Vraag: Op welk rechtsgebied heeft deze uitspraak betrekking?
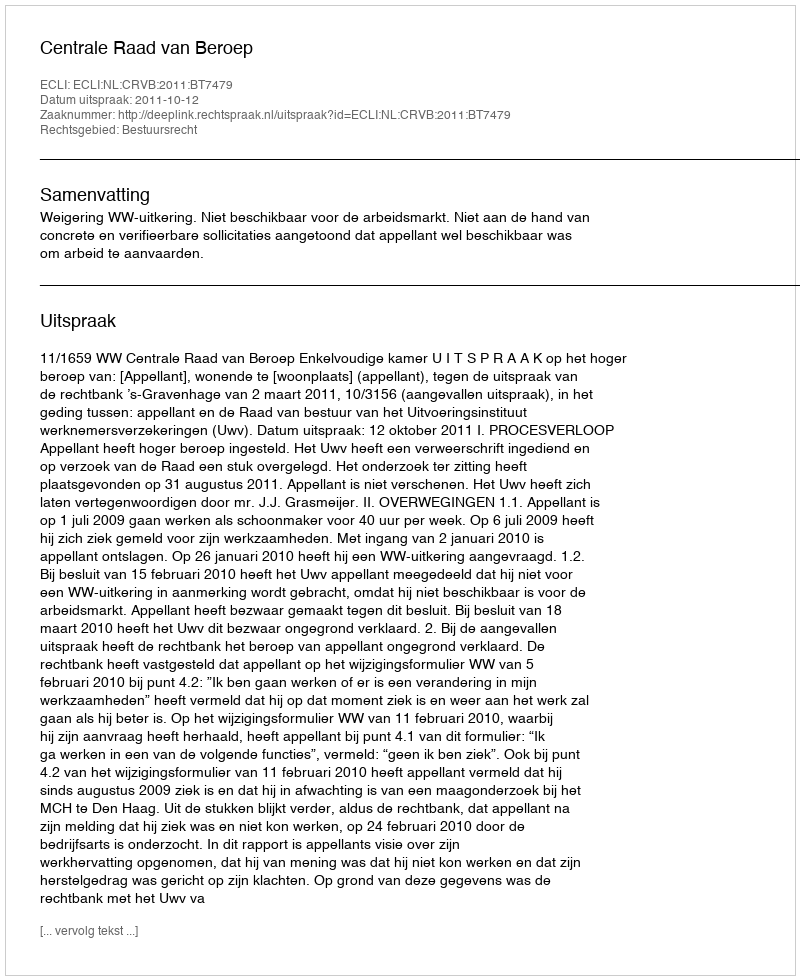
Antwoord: Bestuursrecht